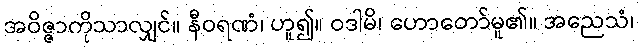
အဝိဇ္ဇာကိုသာလျှင်။ နီဝရဏံ၊ ဟူ၍။ ဝဒါမိ၊ ဟောတော်မူ၏။ အညေသံ၊